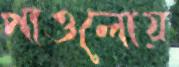
পাওলোয়